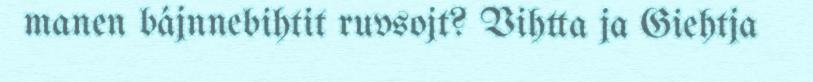
manen bájnnebihtit ruvsojt? Vihtta ja Giehtja